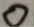
0